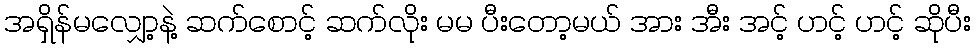
အရှိန်မလျှော့နဲ့ ဆက်စောင့် ဆက်လိုး မမ ပီးတော့မယ် အား အီး အင့် ဟင့် ဟင့် ဆိုပီး